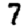
Digit: 7